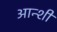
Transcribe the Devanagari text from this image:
आन्शी